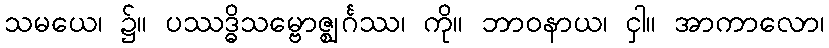
သမယေ၊ ၌။ ပဿဒ္ဓိသမ္ဗောဇ္ဈင်္ဂဿ၊ ကို။ ဘာဝနာယ၊ ငှါ။ အာကာလော၊